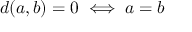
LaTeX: d ( a , b ) = 0 \iff a = b